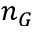
n _ { G }